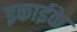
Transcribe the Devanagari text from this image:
इकाईके